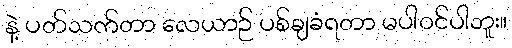
နဲ့ ပတ်သက်တာ လေယာဉ် ပစ်ချခံရတာ မပါဝင်ပါဘူး။